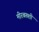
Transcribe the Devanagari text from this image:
मीरबख्शी